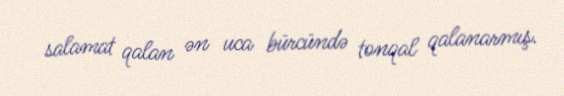
salamat qalan ən uca bürcündə tonqal qalanarmış.